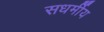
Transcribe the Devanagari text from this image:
सधर्मीय